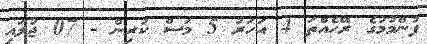
ފުންމުމުގެ ރޭހެއްތަ 4 އަހަރު 5 މަސް ކުރިން - 07 ޖުލައި